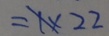
= 1 \times 2 2